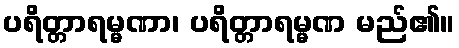
ပရိတ္တာရမ္မဏာ၊ ပရိတ္တာရမ္မဏ မည်၏။